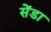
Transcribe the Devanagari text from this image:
सेंडा